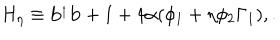
H _ { \eta } \equiv { \bf b } ^ { _ { \dagger } } { \bf b } + 1 + 4 \alpha ( \phi _ { 1 } + \eta \phi _ { 2 } \Gamma _ { 1 } ) , .